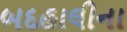
બદહાલીના